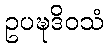
ဥပဍ္ဎဒိဝသံ